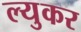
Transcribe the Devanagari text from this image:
ल्युकर